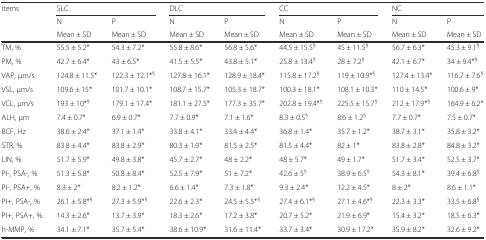
<table><thead><tr><td><b>Items</b></td><td colspan="2"><b>SLC</b></td><td colspan="2"><b>DLC</b></td><td colspan="2"><b>CC</b></td><td colspan="2"><b>NC</b></td></tr><tr><td></td><td><b>N</b></td><td><b>P</b></td><td><b>N</b></td><td><b>P</b></td><td><b>N</b></td><td><b>P</b></td><td><b>N</b></td><td><b>P</b></td></tr><tr><td></td><td><b>Mean ± SD</b></td><td><b>Mean ± SD</b></td><td><b>Mean ± SD</b></td><td><b>Mean ± SD</b></td><td><b>Mean ± SD</b></td><td><b>Mean ± SD</b></td><td><b>Mean ± SD</b></td><td><b>Mean ± SD</b></td></tr></thead><tbody><tr><td>TM, %</td><td>55.5 ± 5.2*</td><td>54.3 ± 7.2*</td><td>55.8 ± 8.6*</td><td>56.8 ± 5.6*</td><td>44.5 ± 15.5<sup>§</sup></td><td>45 ± 11.5<sup>§</sup></td><td>56.7 ± 6.3*</td><td>45.3 ± 9.1<sup>§</sup></td></tr><tr><td>PM, %</td><td>42.7 ± 6.4*</td><td>43 ± 6.5*</td><td>41.5 ± 5.5*</td><td>43.8 ± 5.1*</td><td>25.8 ± 13.4<sup>§</sup></td><td>28 ± 7.2<sup>§</sup></td><td>42.1 ± 6.7*</td><td>34 ± 9.4*<sup>§</sup></td></tr><tr><td>VAP, μm/s</td><td>124.8 ± 11.5*</td><td>122.3 ± 12.1*<sup>§</sup></td><td>127.8 ± 16.1*</td><td>128.9 ± 18.4*</td><td>115.8 ± 17.2<sup>§</sup></td><td>119 ± 10.9*<sup>§</sup></td><td>127.4 ± 13.4*</td><td>116.7 ± 7.6<sup>§</sup></td></tr><tr><td>VSL, μm/s</td><td>109.6 ± 15*</td><td>101.7 ± 10.1*</td><td>108.7 ± 15.7*</td><td>105.3 ± 18.7*</td><td>100.3 ± 18.1*</td><td>108.1 ± 10.3*</td><td>110 ± 14.5*</td><td>100.6 ± 9*</td></tr><tr><td>VCL, μm/s</td><td>193 ± 10*<sup>§</sup></td><td>179.1 ± 17.4*</td><td>181.1 ± 27.5*</td><td>177.3 ± 35.7*</td><td>202.8 ± 19.4*<sup>§</sup></td><td>225.5 ± 15.7<sup>§</sup></td><td>212 ± 17.9*<sup>§</sup></td><td>164.9 ± 6.2*</td></tr><tr><td>ALH, μm</td><td>7.4 ± 0.7*</td><td>6.9 ± 0.7*</td><td>7.7 ± 0.9*</td><td>7.1 ± 1.6*</td><td>8.3 ± 0.5<sup>§</sup></td><td>8.6 ± 1.2<sup>§</sup></td><td>7.7 ± 0.7*</td><td>7.5 ± 0.7*</td></tr><tr><td>BCF, Hz</td><td>38.6 ± 2.4*</td><td>37.1 ± 1.4*</td><td>33.8 ± 4.1*</td><td>33.4 ± 4.4*</td><td>36.8 ± 1.4*</td><td>35.7 ± 1.2*</td><td>38.7 ± 3.1*</td><td>35.8 ± 3.2*</td></tr><tr><td>STR, %</td><td>83.8 ± 4.4*</td><td>83.8 ± 2.9*</td><td>80.3 ± 1.9*</td><td>81.5 ± 2.5*</td><td>81.5 ± 4.4*</td><td>82 ± 1*</td><td>83.8 ± 2.8*</td><td>84.8 ± 3.2*</td></tr><tr><td>LIN, %</td><td>51.7 ± 5.9*</td><td>49.8 ± 3.8*</td><td>45.7 ± 2.7*</td><td>48 ± 2.2*</td><td>48 ± 5.7*</td><td>49 ± 1.7*</td><td>51.7 ± 3.4*</td><td>52.5 ± 3.7*</td></tr><tr><td>PI-, PSA-, %</td><td>51.3 ± 5.8*</td><td>50.8 ± 8.4*</td><td>52.5 ± 7.9*</td><td>51 ± 7.2*</td><td>42.6 ± 5<sup>§</sup></td><td>38.9 ± 6.5<sup>§</sup></td><td>54.3 ± 8.1*</td><td>39.4 ± 6.8<sup>§</sup></td></tr><tr><td>PI-, PSA+, %</td><td>8.3 ± 2*</td><td>8.2 ± 1.2*</td><td>6.6 ± 1.4*</td><td>7.3 ± 1.8*</td><td>9.3 ± 2.4*</td><td>12.2 ± 4.5*</td><td>8 ± 2*</td><td>8.6 ± 1.1*</td></tr><tr><td>PI+, PSA-, %</td><td>26.1 ± 5.8*<sup>§</sup></td><td>27.3 ± 5.9*<sup>§</sup></td><td>22.6 ± 2.3*</td><td>24.5 ± 5.5*<sup>§</sup></td><td>27.4 ± 6.1*<sup>§</sup></td><td>27.1 ± 4.6*<sup>§</sup></td><td>22.3 ± 3.3*</td><td>33.5 ± 6.8<sup>§</sup></td></tr><tr><td>PI+, PSA+, %</td><td>14.3 ± 2.6*</td><td>13.7 ± 3.9*</td><td>18.3 ± 2.6*</td><td>17.2 ± 3.8*</td><td>20.7 ± 5.2*</td><td>21.9 ± 6.9*</td><td>15.4 ± 3.2*</td><td>18.5 ± 6.3*</td></tr><tr><td>h-MMP, %</td><td>34.1 ± 7.1*</td><td>35.7 ± 5.4*</td><td>38.6 ± 10.9*</td><td>31.6 ± 11.4*</td><td>33.7 ± 3.4*</td><td>30.9 ± 17.2*</td><td>35.9 ± 8.2*</td><td>32.6 ± 9.2*</td></tr></tbody></table>